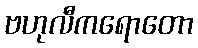
ဗဟုလီကရောတော